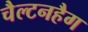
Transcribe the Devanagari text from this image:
चैल्टनहैग